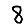
Digit: 8